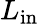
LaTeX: L_{\textrm{in}}